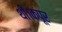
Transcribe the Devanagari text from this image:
थी।कपूर